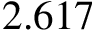
2 . 6 1 7